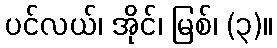
ပင်လယ်၊ အိုင်၊ မြစ်၊ (၃)။